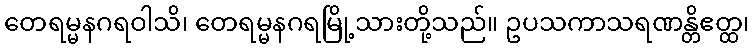
တေရမ္မနဂရဝါသိ၊ တေရမ္မနဂရမြို့သားတို့သည်။ ဥပသကာသရဏန္တိဧတ္ထ၊